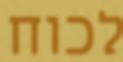
לכוח